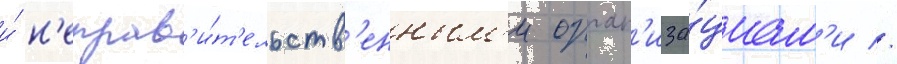
и́ н'еправ'и́т'ельств'енным'и орган'иза́циам'и //